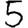
Digit: 5